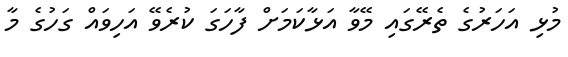
މުޅި އަހަރުގެ ތެރޭގައި މޭވާ އަޅާކަމަށް ފާހަގަ ކުރެވޭ އަހިވައް ގަހުގެ މާ